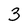
Character: 3